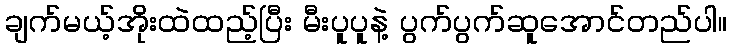
ချက်မယ့်အိုးထဲထည့်ပြီး မီးပူပူနဲ့ ပွက်ပွက်ဆူအောင်တည်ပါ။